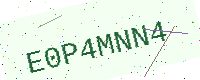
Text: E0P4MNN4